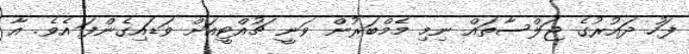
ފަހު ދައުރުގެ ޖަލްސާތައް ނިމި މެމްބަރުން ވަނީ ޗުއްޓީއަށް ވަޑައިގެންފަ އެވެ. އާ